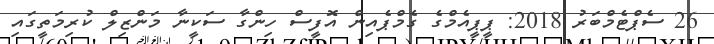
26 ސެޕްޓެމްބަރު 2018: ޕީޕީއެމްގެ ގެމްޕެއިން އޮފީސް ހިންގާ ސަކީނާ މަންޒިލް ކުރިމަތީގައި